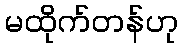
မထိုက်တန်ဟု